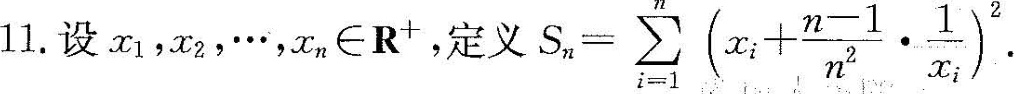
11.设x_{1}，x_{2}，…，x_{n}\inR^{+}，定义$$S _ { n } = \sum _ { i = 1 } ^ { n } ( x _ { i } + \frac { n - 1 } { n ^ { 2 } } \cdot \frac { 1 } { x _ { i } } ) ^ { 2 }$$.